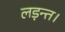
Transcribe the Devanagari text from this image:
लड़न्त।